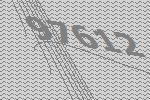
97612